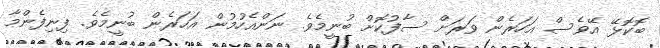
ބޮކޮޅޭ އޭވެސް އަހަރެން ވަރަށް ސާފުކޮށް ބުނީމެވެ. ނަންއެހުމުން އަހަރެން ބުނީމެވެ. ފިނިފެންމާ